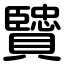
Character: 贒